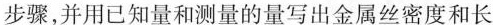
步骤，并用已知量和测量的量写出金属丝密度和长